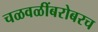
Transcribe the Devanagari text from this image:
चळवळींबरोबरच